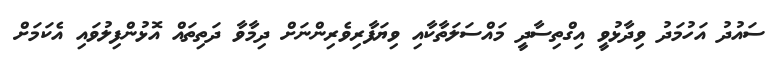
ސައުދު އަހުމަދު ވިދާޅުވީ އިގްތިސާދީ މައްސަލަތާކާއި ވިޔަފާރިވެރިންނަށް ދިމާވާ ދަތިތައް އޮޅުންފިލުވައި އެކަމަށް